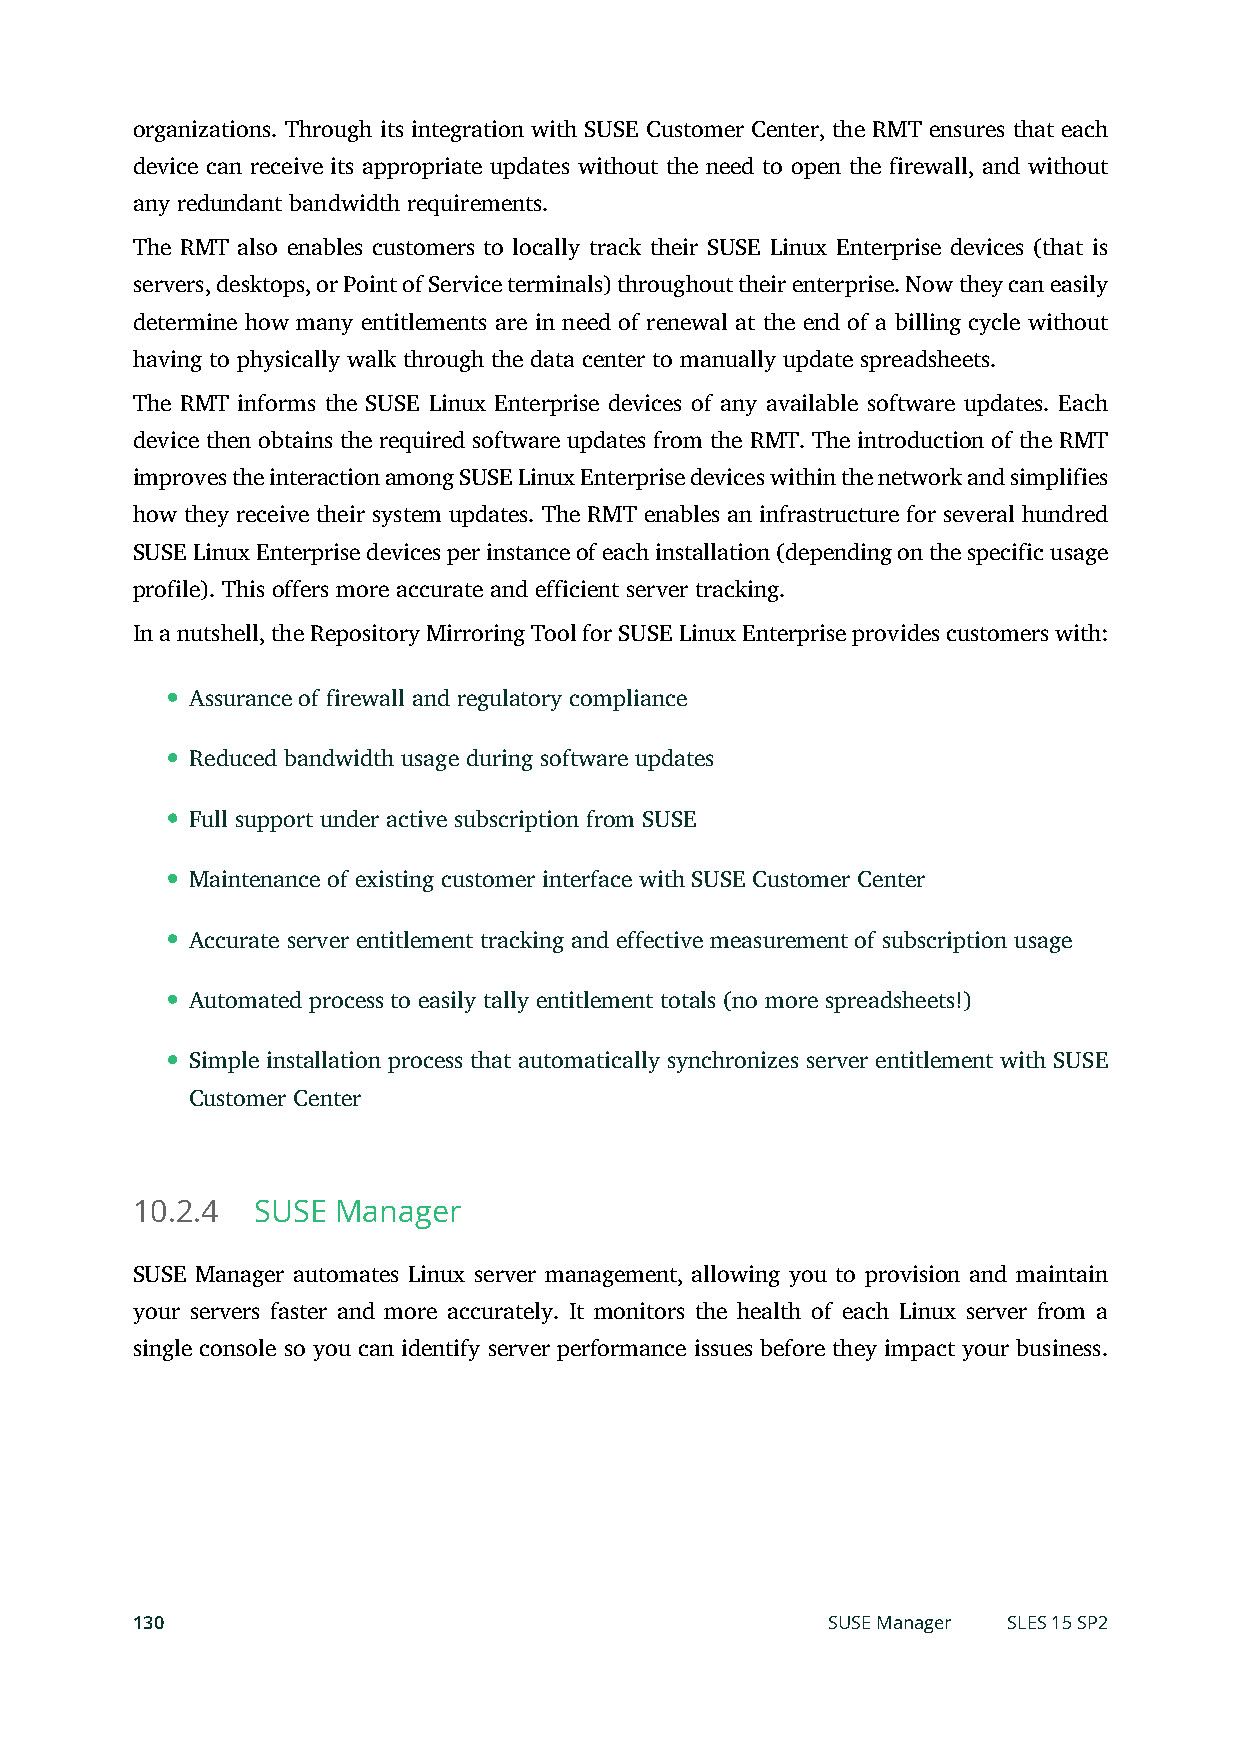
organizations. Through its integration with SUSE Customer Center, the RMT ensures that each
 device can receive its appropriate updates without the need to open the firewall, and without
 any redundant bandwidth requirements.
 The RMT also enables customers to locally track their SUSE Linux Enterprise devices (that is
 servers, desktops, or Point of Service terminals) throughout their enterprise. Now they can easily
 determine how many entitlements are in need of renewal at the end of a billing cycle without
 having to physically walk through the data center to manually update spreadsheets.
 The RMT informs the SUSE Linux Enterprise devices of any available software updates. Each
 device then obtains the required software updates from the RMT. The introduction of the RMT
 improves the interaction among SUSE Linux Enterprise devices within the network and simplifies
 how they receive their system updates. The RMT enables an infrastructure for several hundred
 SUSE Linux Enterprise devices per instance of each installation (depending on the specific usage
 profile). This offers more accurate and efficient server tracking.
 In a nutshell, the Repository Mirroring Tool for SUSE Linux Enterprise provides customers with:
 Assurance of firewall and regulatory compliance
 Reduced bandwidth usage during software updates
 Full support under active subscription from SUSE
 Maintenance of existing customer interface with SUSE Customer Center
 Accurate server entitlement tracking and effective measurement of subscription usage
 Automated process to easily tally entitlement totals (no more spreadsheets!)
 Simple installation process that automatically synchronizes server entitlement with SUSE
 Customer Center
 10.2.4  SUSE Manager
 SUSE Manager automates Linux server management, allowing you to provision and maintain
 your servers faster and more accurately. It monitors the health of each Linux server from a
 single console so you can identify server performance issues before they impact your business.
 130                                           SUSE Manager SLES 15 SP2